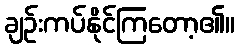
ချဉ်းကပ်နိုင်ကြတော့၏။